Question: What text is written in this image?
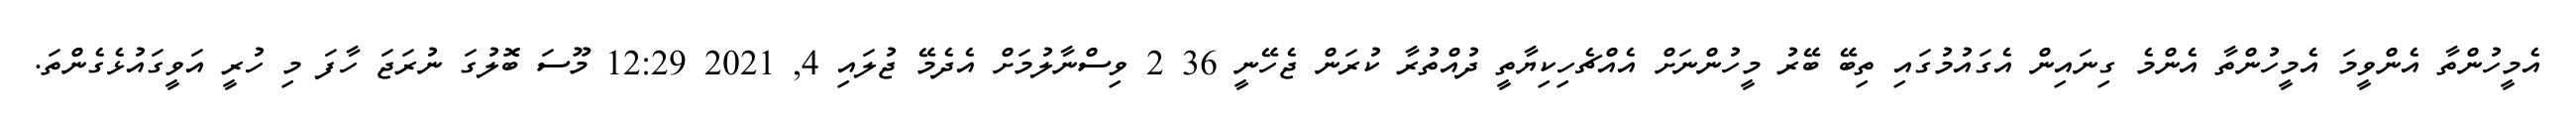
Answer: އެމީހުންތާ އެންވީމަ އެމީހުންތާ އެންމެ ގިނައިން އެގައުމުގައި ތިބޭ ބޭރު މީހުންނަށް އެއްޗެހިކިޔާތީ ދުއްތުރާ ކުރަން ޖެހޭނީ 36 2 ވިސްނާލުމަށް އެދެމޭ ޖުލައި 4, 2021 12:29 މޫސަ ބޮލުގަ ނުރަޖަ ހާފަ މި ހުރީ އަވީގައުޅެގެންތަ.